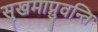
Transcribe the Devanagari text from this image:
सुखमाप्नुवन्ति